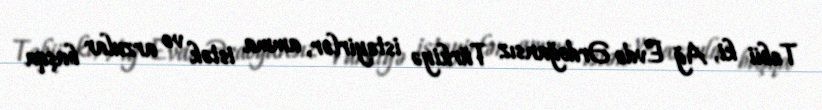
Təbii ki, Ağ Evdə Ərdoğansız Türkiyə istəyirlər, amma istək və arzular başqa